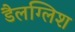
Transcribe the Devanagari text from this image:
डैलग्लिश